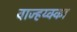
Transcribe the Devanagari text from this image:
वाज्हय्क्का